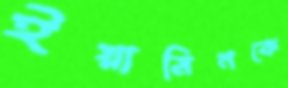
ইয়ামিনকে